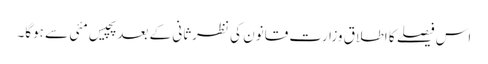
اس فیصلے کا اطلاق وزارت قانون کی نظرثانی کے بعد پچیس مئی سے ہوگا۔